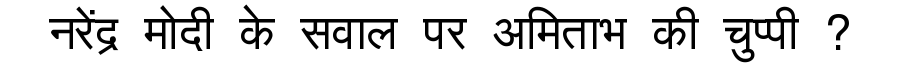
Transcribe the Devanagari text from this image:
नरेंद्र मोदी के सवाल पर अमिताभ की चुप्पी ?